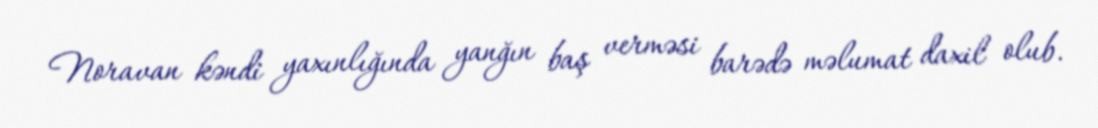
Noravan kəndi yaxınlığında yanğın baş verməsi barədə məlumat daxil olub.